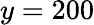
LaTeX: y=200